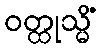
ဝတ္ထုသ္မိံ